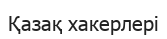
Қазақ хакерлері